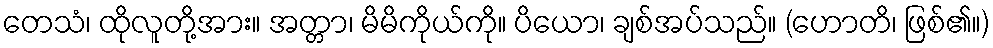
တေသံ၊ ထိုလူတို့အား။ အတ္တာ၊ မိမိကိုယ်ကို။ ပိယော၊ ချစ်အပ်သည်။ (ဟောတိ၊ ဖြစ်၏။)